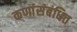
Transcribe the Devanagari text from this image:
कणांंसंबंधित